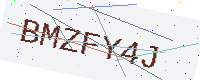
Text: BMZFY4J